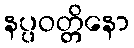
နပ္ပဝတ္တိနော